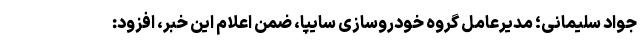
جواد سلیمانی؛ مدیرعامل گروه خودروسازی سایپا، ضمن اعلام این خبر، افزود: